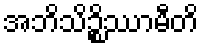
အဘိသိဉ္စိဿာမီတိ